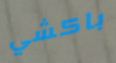
باكشي